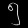
Digit: ၅